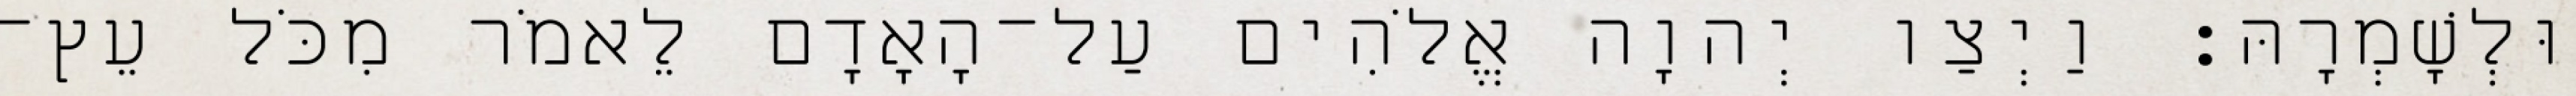
וּלְשָׁמְרָהּ׃ וַיְצַו יְהוָה אֱלֹהִים עַל־הָאָדָם לֵאמֹר מִכֹּל עֵץ־